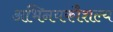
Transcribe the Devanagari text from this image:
अभिनयकौशल्य